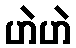
ဟဲဟဲ